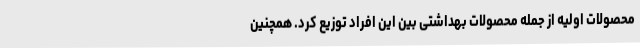
محصولات اولیه از جمله محصولات بهداشتی بین این افراد توزیع کرد. همچنین